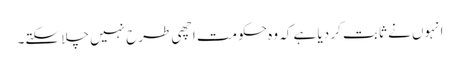
انہوں نے ثابت کر دیا ہے کہ وہ حکومت اچھی طرح نہیں چلا سکتے۔